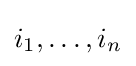
i_{1},\ldots ,i_{n}